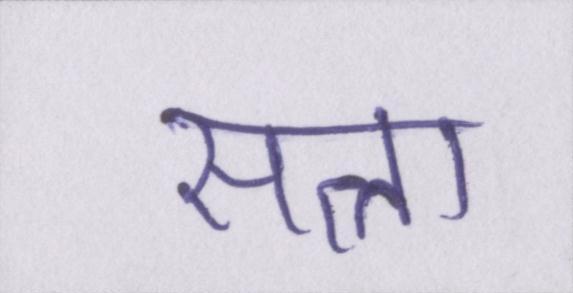
सत्ता